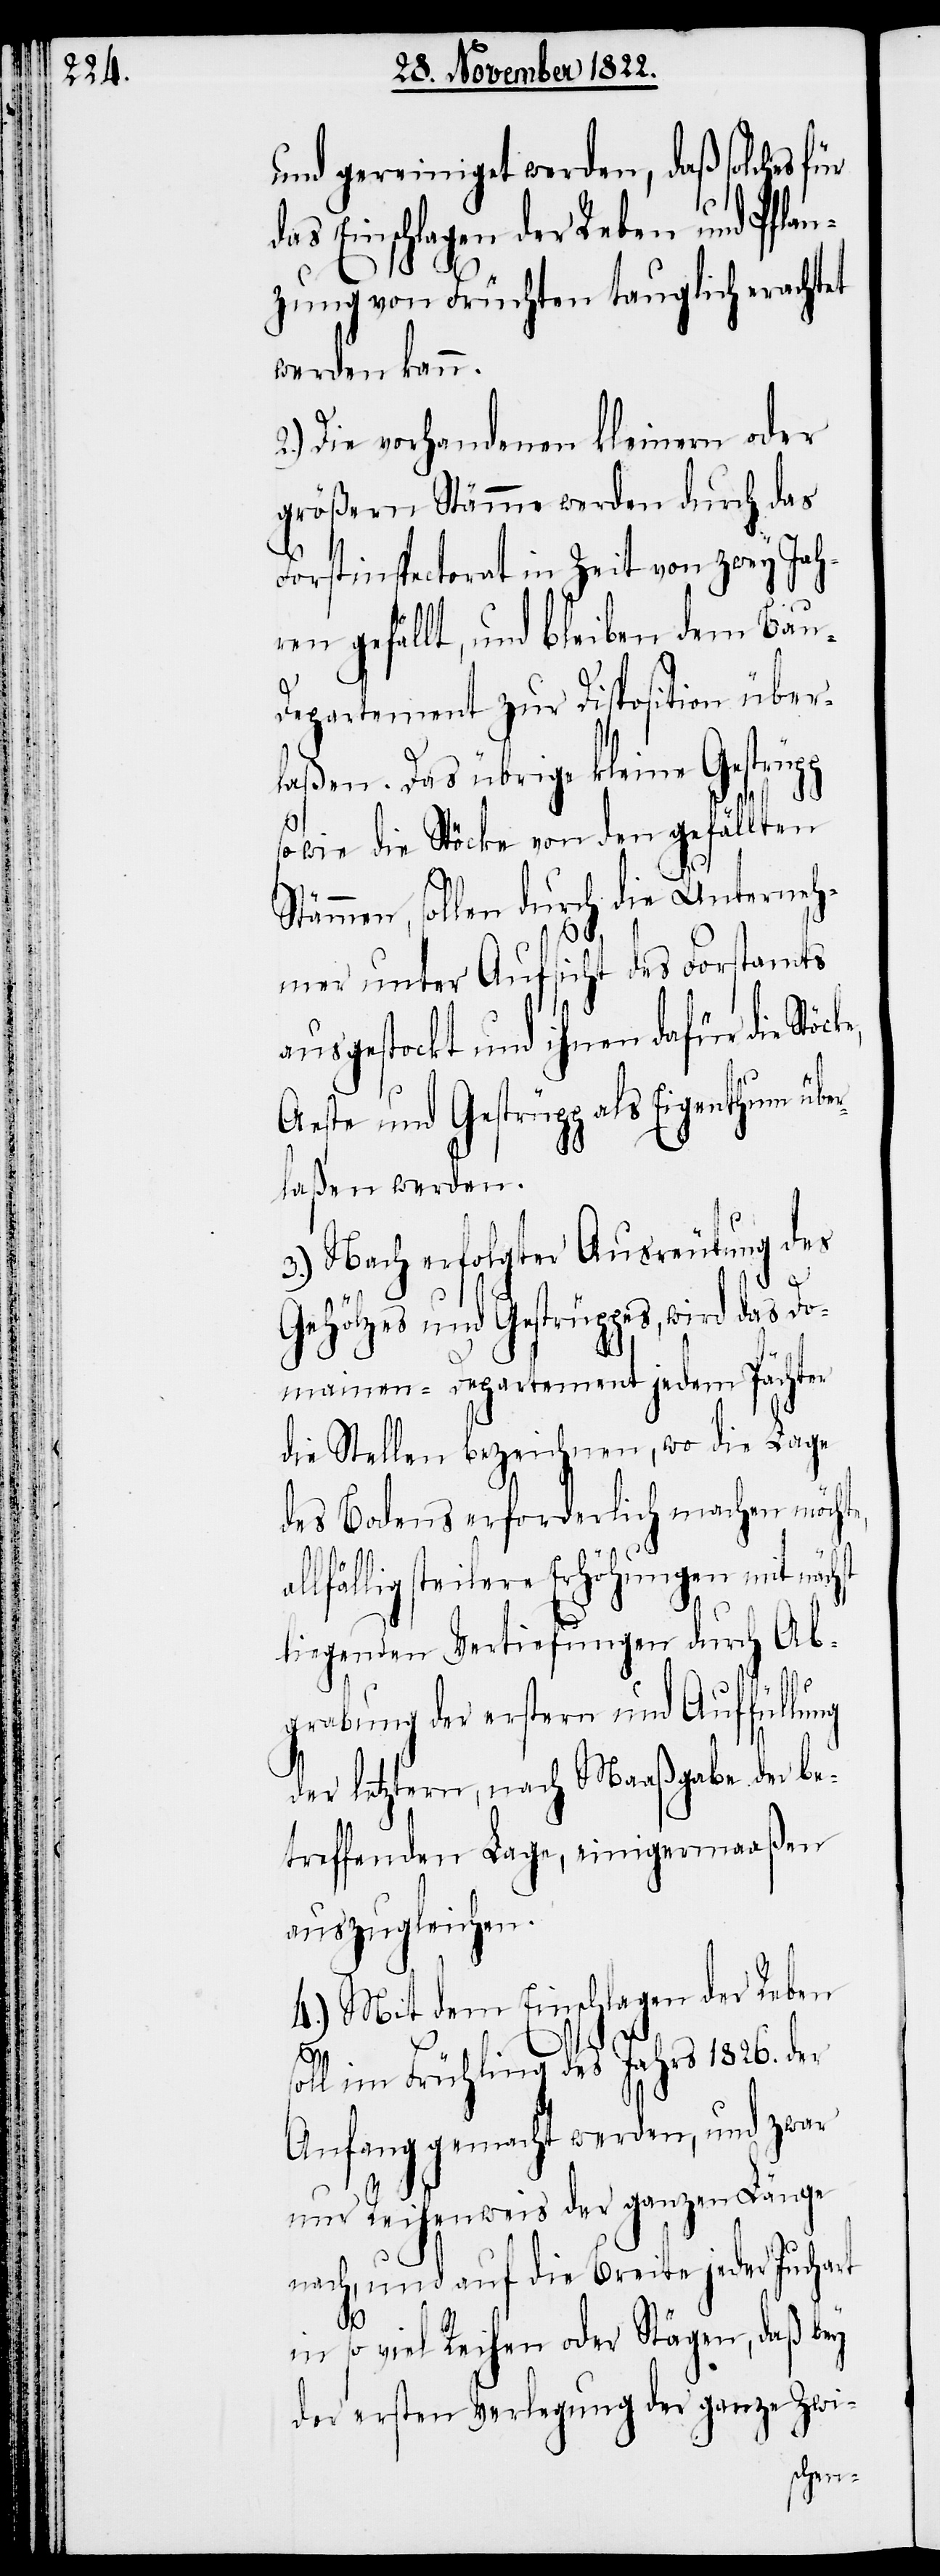
und gereiniget werden, daß solches für
das Einschlagen der Reben und Pflan¬
zung von Früchten tauglich erachtet
werden kann.
2.) Die vorhandenen kleinen oder
größern Stämme werden durch das
Forstinspectorat in Zeit von zwey Jah¬
ren gefällt, und bleiben dam Bau-D¬
epratement zur Disposition über¬
laßen. Das übrige kleine Gestrüpp
sowie die Stöcke von den gefällten
Stämmen, sollen durch die Unterneh¬
al¬
mer unter Aufsicht des Forstamts
ausgestockt und ihnen dafür die
Aeste und Gestrüpp als Eigenthum über¬
laßen werden.
3.) Nach erfolgter Ausreutung des
st
Gehölzes und Gestrüppes, wird das Do¬
mainen-Departement jedem Pächter
die Stellen bezeichnen, wo die Lage
des Bodens erforderlich machen möchte,
lfällig steilere Erhöhungen mit näch¬
liegenden Vertiefungen durch Ab¬
grabung der erstern und Auffüllung
der letztern, nach Maaßgabe der be¬
treffenden Lage, einigermaßen
auszugleichen.
4.) Mit dem Einschlagen der Reben
soll im Frühling des Jahrs 1826. der
Anfang gemacht werden, und zwar
nur Reihenweis der ganzen Länge
nach, und auf die Breite jeder Juchart
in so viel Reihen oder Stägen, daß bey
der ersten Verlegung der ganze Zwi-